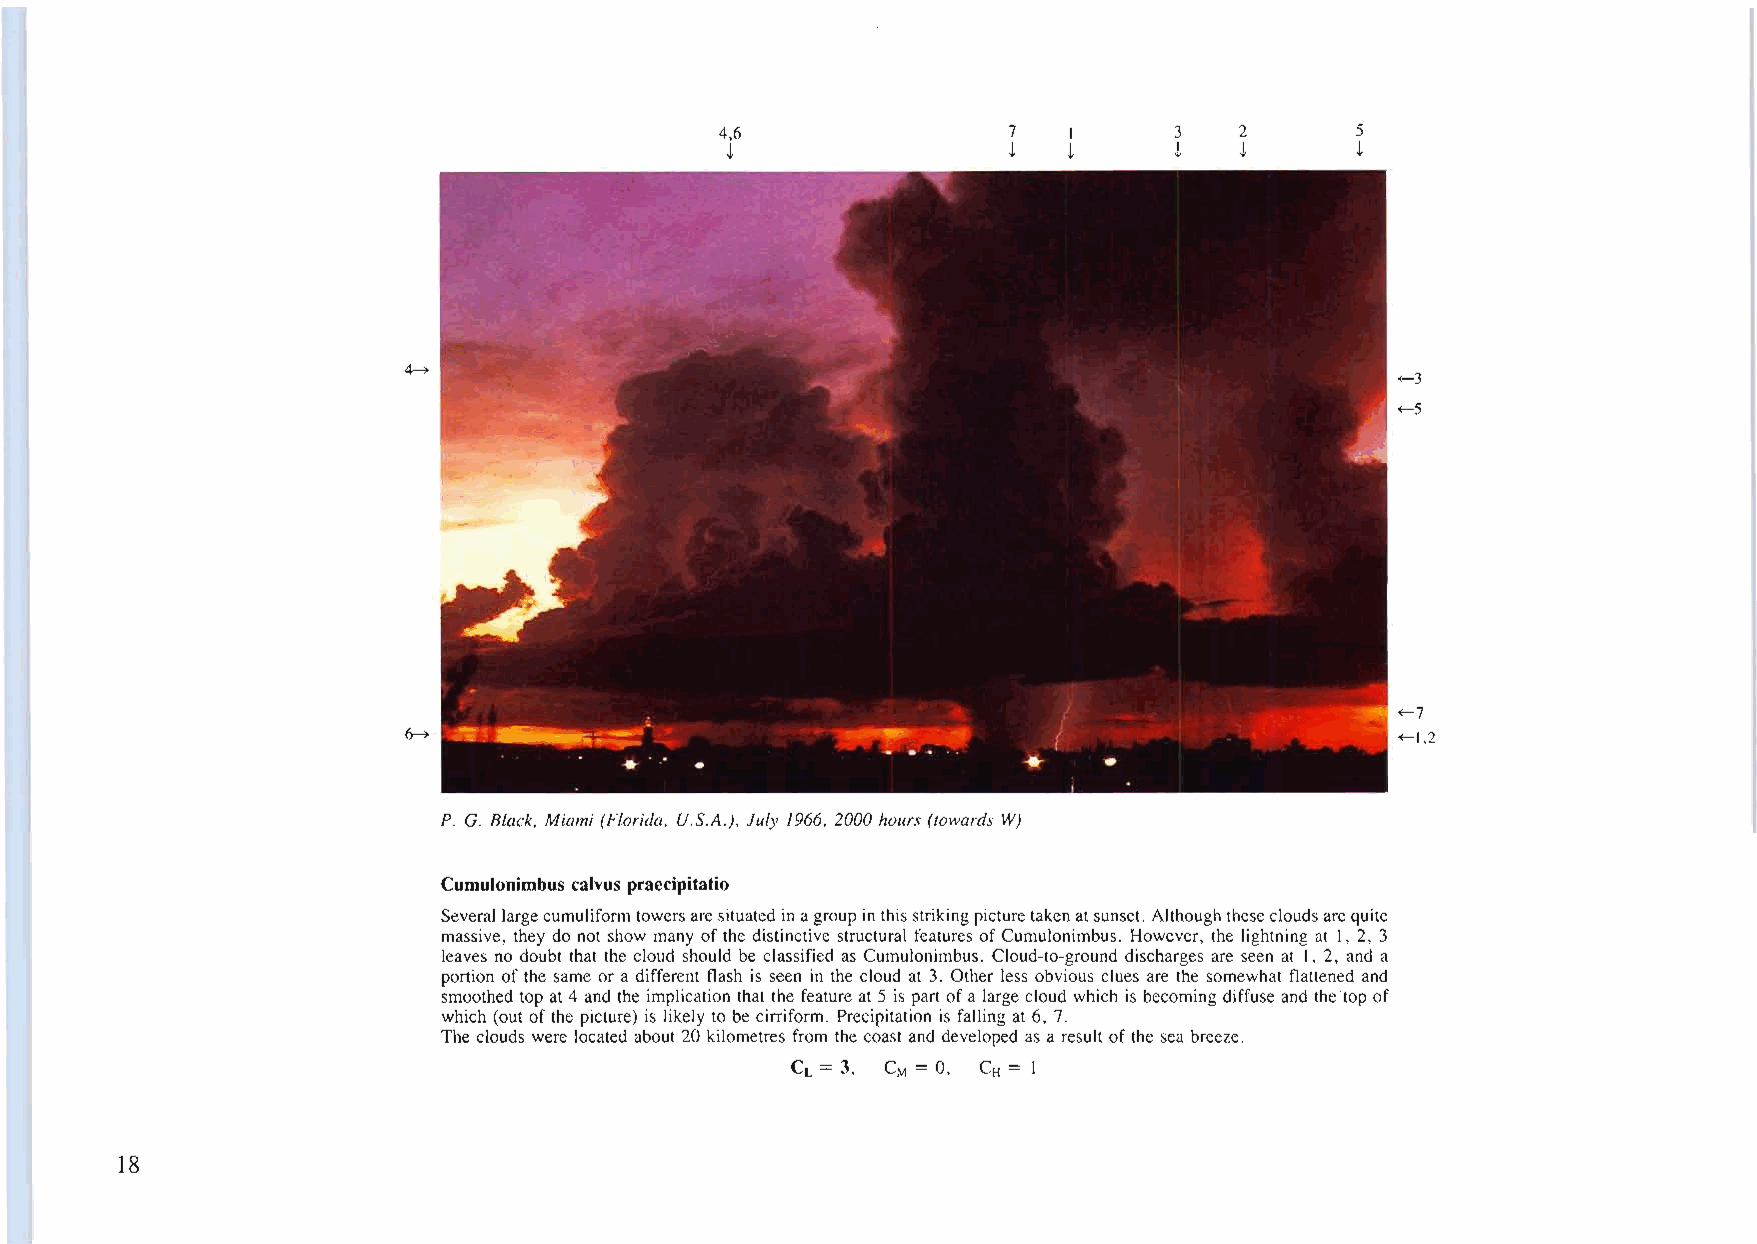
4,6                7   I      3   2       5
 ~                  ~   ~      ~   ~       ~
 ~
 ~3
 ~5
 ~7
 6->                                                               ~1,2
 P. G. Black, Miami (Florida, U.S.A.), July 1966, 2000 hours (towards W)
 Cumulonimbus calvus praecipitatio
 Several largecumuliformtowersaresituatedinagroup in thisstrikingpicturetakenatsunset. Althoughthesecloudsarequite
 massive, they do not show many ofthe distinctive structural features ofCumulonimbus. However, the lightning at I, 2, 3
 leaves no doubt that the cloud should be classified as Cumulonimbus. Cloud-to-ground discharges are seen at I, 2, and a
 portion of the same or a different flash is seen in the cloud at 3. Other less obvious clues are the somewhat flattened and
 smoothed top at 4 and the implication that the feature at 5 is partofa largecloud which is becoming diffuse and the top of
 which (out of the picture) is likely to be cirriform. Precipitation is falling at 6, 7.
 The clouds were located about 20 kilometres from the coast and developed as a result of the sea breeze.
 CL =3, CM = 0, CH = I
 18